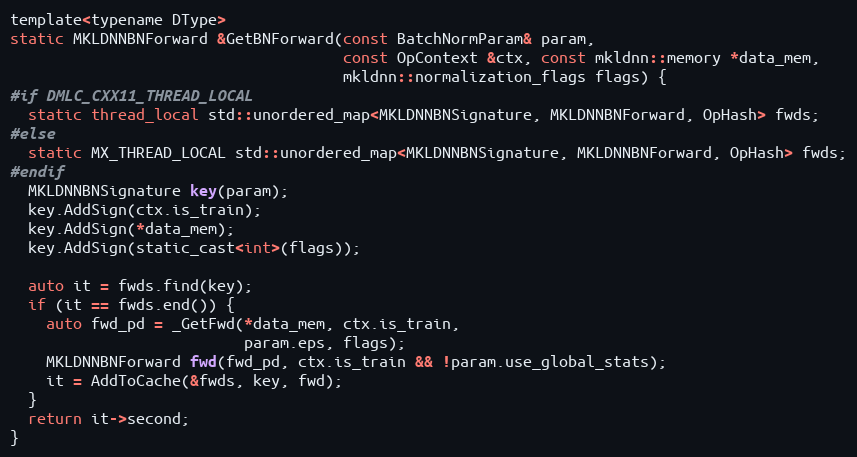
Language: C
template<typename DType>
static MKLDNNBNForward &GetBNForward(const BatchNormParam& param,
                                     const OpContext &ctx, const mkldnn::memory *data_mem,
                                     mkldnn::normalization_flags flags) {
#if DMLC_CXX11_THREAD_LOCAL
  static thread_local std::unordered_map<MKLDNNBNSignature, MKLDNNBNForward, OpHash> fwds;
#else
  static MX_THREAD_LOCAL std::unordered_map<MKLDNNBNSignature, MKLDNNBNForward, OpHash> fwds;
#endif
  MKLDNNBNSignature key(param);
  key.AddSign(ctx.is_train);
  key.AddSign(*data_mem);
  key.AddSign(static_cast<int>(flags));

  auto it = fwds.find(key);
  if (it == fwds.end()) {
    auto fwd_pd = _GetFwd(*data_mem, ctx.is_train,
                          param.eps, flags);
    MKLDNNBNForward fwd(fwd_pd, ctx.is_train && !param.use_global_stats);
    it = AddToCache(&fwds, key, fwd);
  }
  return it->second;
}